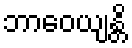
ဘာဝေယျန္တိ